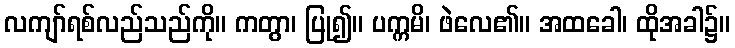
လကျာ်ရစ်လည်သည်ကို။ ကတွာ၊ ပြု၍။ ပက္ကမိ၊ ဖဲလေ၏။ အထခေါ၊ ထိုအခါ၌။